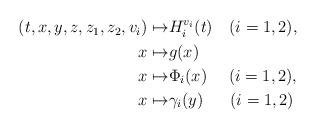
LaTeX: \begin{align*}\begin{aligned}(t,x,y,z,z_1,z_2,v_i)\mapsto& H_i^{v_i}(t)\quad(i=1,2),\\x\mapsto& g(x)\\x\mapsto& \Phi_i(x)\ \quad(i=1,2),\\x\mapsto& \gamma_i(y)\ \ \quad(i=1,2)\end{aligned}\end{align*}